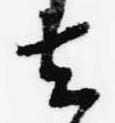
去